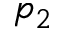
p _ { 2 }